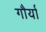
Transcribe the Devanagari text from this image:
गौर्या